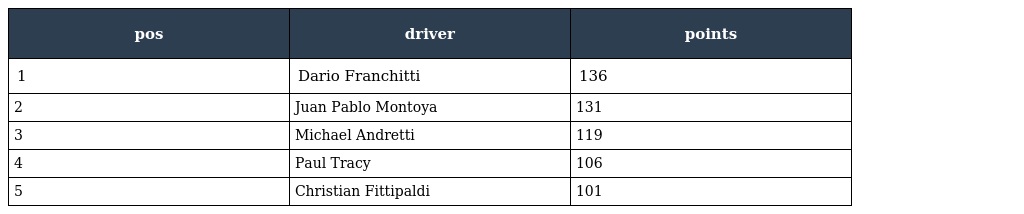
| pos | driver | points |
 | --- | --- | --- |
 | 1 | Dario Franchitti | 136 |
 | 2 | Juan Pablo Montoya | 131 |
 | 3 | Michael Andretti | 119 |
 | 4 | Paul Tracy | 106 |
 | 5 | Christian Fittipaldi | 101 |